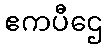
ဧကပီဌေ